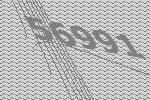
56991